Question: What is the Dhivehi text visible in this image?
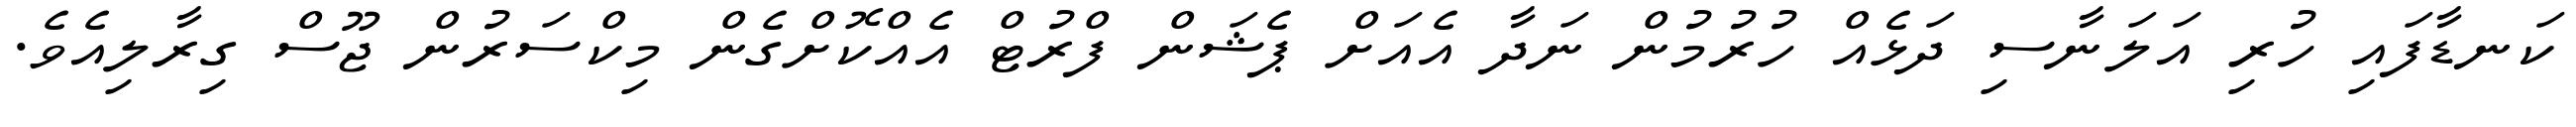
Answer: ކަނޑާފައި ހުރި އަލަނާސި ދަޅެއް ހުރުމުން ނަދާ އެއަށް ޕެޝަން ފްރުޓް އެއްކޮށްގެން މިކްސަރުން ޖޫސް ގިރާލިއެވެ.